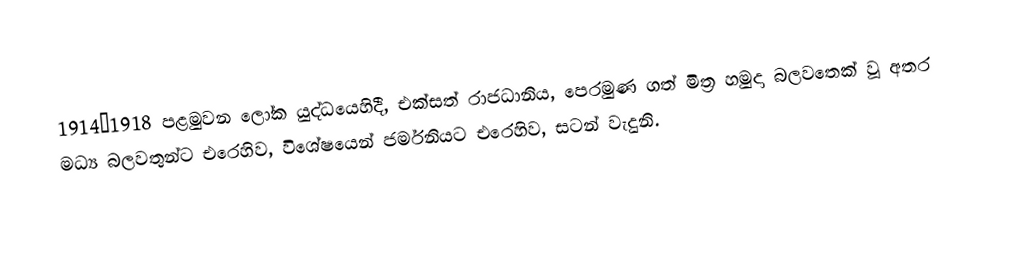
1914–1918 පළමුවන ලෝක යුද්ධයෙහිදී, එක්සත් රාජධානිය, පෙරමුණ ගත් මිත්‍ර හමුදා බලවතෙක් වූ අතර මධ්‍ය බලවතුන්ට එරෙහිව, විශේෂයෙන් ජර්මනියට එරෙහිව, සටන් වැදුනි.